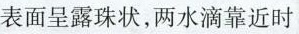
表面呈露珠状，两水滴靠近时